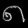
Digit: ၈